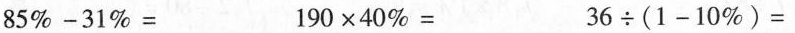
$$8 5 % - 3 1 % =$$ $$1 9 0 \times 4 0 % =$$ $$3 6 \div ( 1 - 1 0 % ) =$$